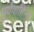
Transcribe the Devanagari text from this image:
पूर्ववाहिन्या